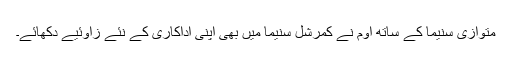
متوازی سنیما کے ساتھ اوم نے کمرشل سنیما میں بھی اپنی اداکاری کے نئے زاوئیے دکھائے۔